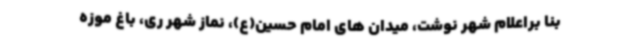
بنا براعلام شهر نوشت، میدان های امام حسین(ع)، نماز شهر ری، باغ موزه